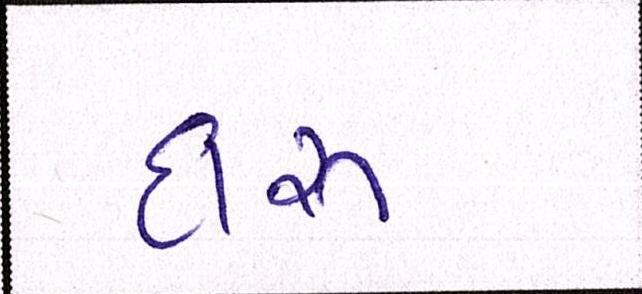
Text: દારૃ